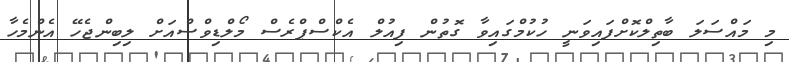
މި މައްސަލަ ބާތިލްކޮށްފައިވަނީ ހުކުމްގައިވާ ގޮތުން ފިއުލް އެކްސްޕްރެސް މޯލްޑިވްސްއަށް ލިބިންޖެހޭ އެންމެހާ